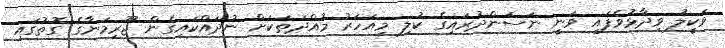
ވަކީލު ވިދާޅުވެފައި ވަނީ ނަސަންދުރައިގެ ކުލި މިއަހަރު މުއްދަތަކަށް ނުދައްކައިގެން ޖޫރިމަނާގެ ގޮތުގައި